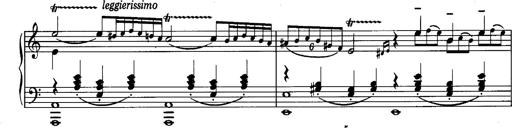
Title: La romanesca
Composer: Franz Liszt